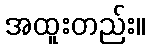
အထူးတည်း။